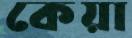
কেয়া